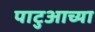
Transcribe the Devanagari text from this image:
पाटुआच्या